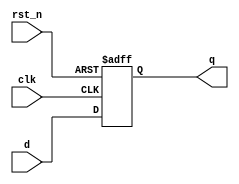
module dff(
    input clk,
    input rst_n,
    input d,
    output reg q
);

always @(posedge clk, negedge rst_n) begin
    if( !rst_n ) begin
        q <= 1'b0;    
    end
    else begin
        q <= d;
    end
    
end
endmodule